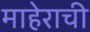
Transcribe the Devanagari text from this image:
माहेराची